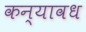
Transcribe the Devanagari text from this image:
कन्यावध